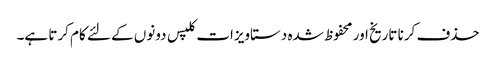
حذف کرنا تاریخ اور محفوظ شدہ دستاویزات کلپس دونوں کے لئے کام کرتا ہے۔